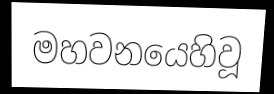
මහවනයෙහිවූ